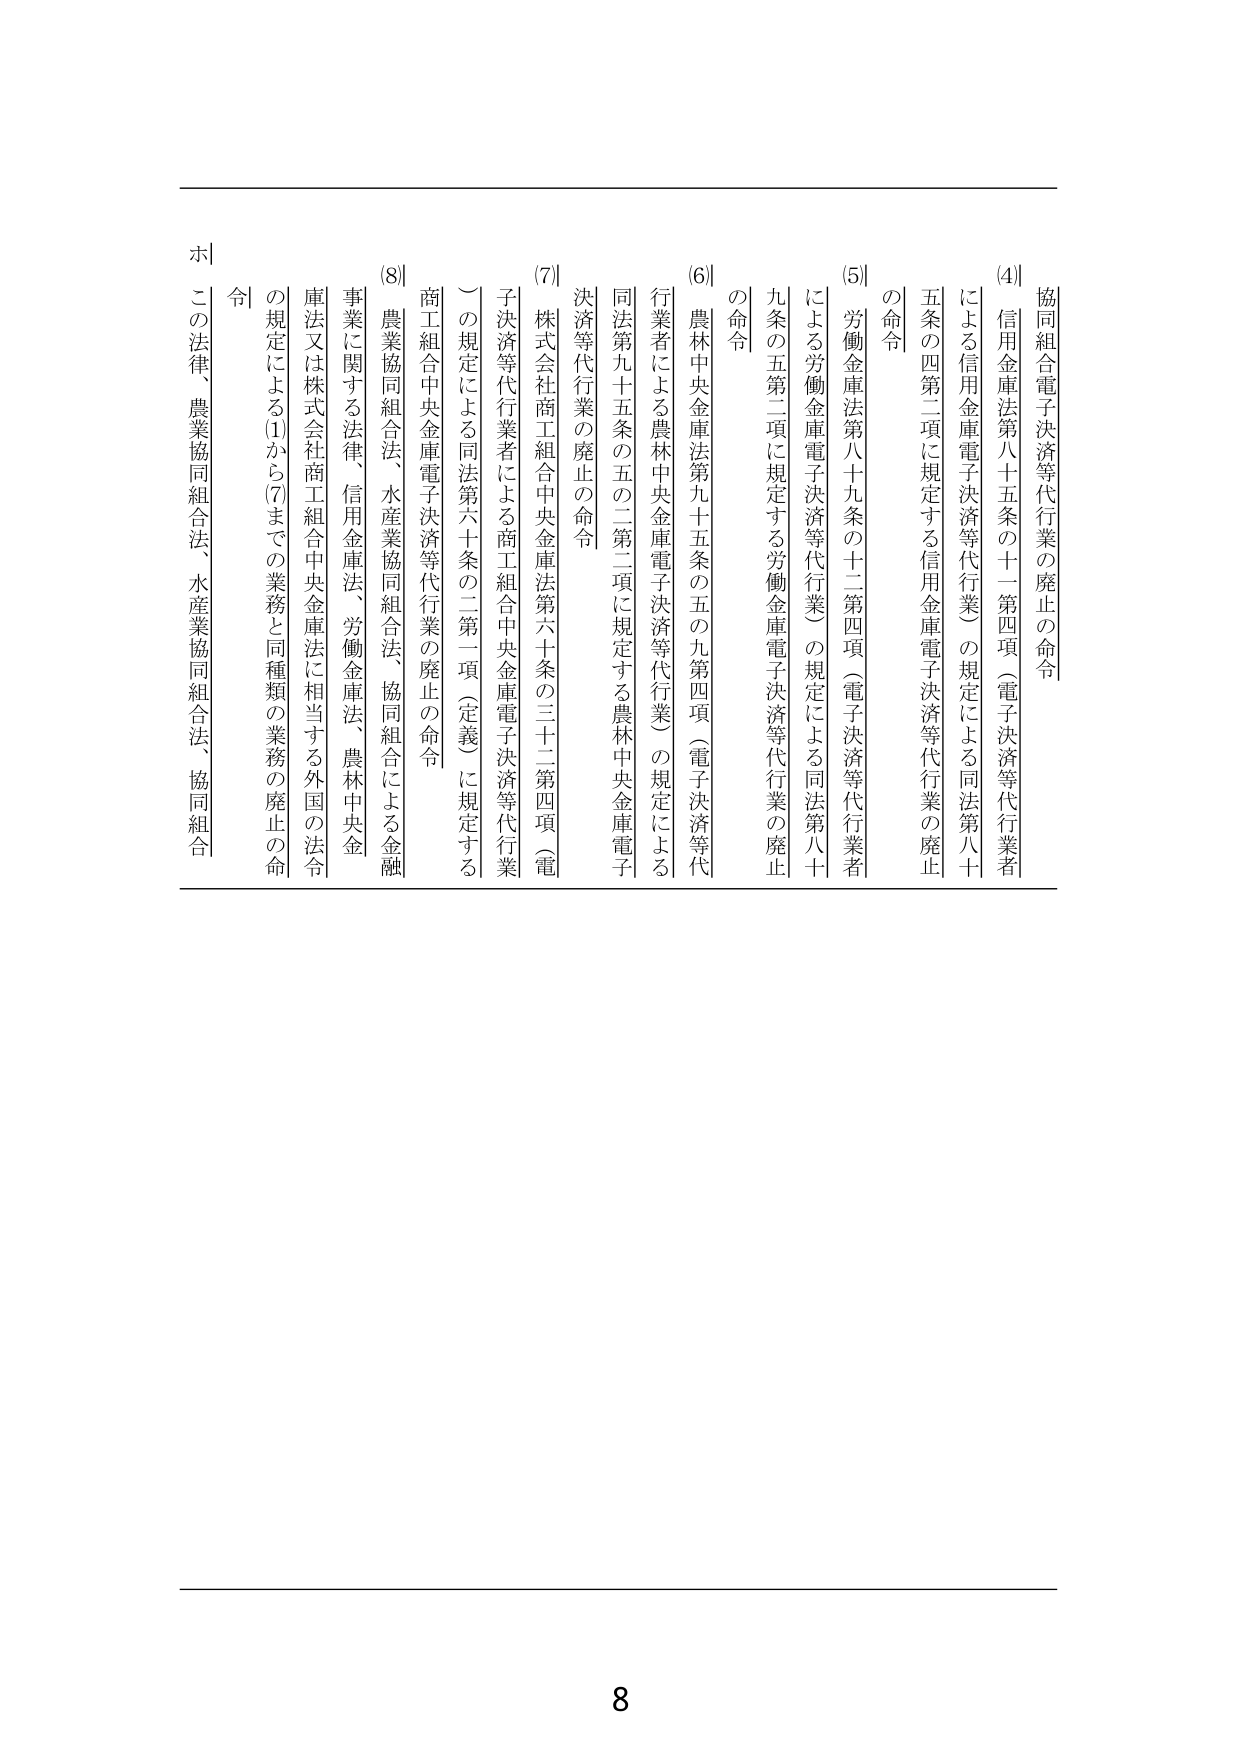
(4) 協同組合電子決済等代行業の廃止の命令
　信用金庫法第八十五条の十一第四項（電子決済等代行業者による信用金庫電子決済等代行業）の規定による同法第八十五条の四第二項に規定する信用金庫電子決済等代行業の廃止の命令

(5) 労働金庫法第八十九条の十二第四項（電子決済等代行業者による労働金庫電子決済等代行業）の規定による同法第八十九条の五第二項に規定する労働金庫電子決済等代行業の廃止の命令

(6) 農林中央金庫法第九十五条の五の九第四項（電子決済等代行業者による農林中央金庫電子決済等代行業）の規定による同法第九十五条の五の二第二項に規定する農林中央金庫電子決済等代行業の廃止の命令

(7) 株式会社商工組合中央金庫法第六十条の三十二第四項（電子決済等代行業者による商工組合中央金庫電子決済等代行業）の規定による同法第六十条の二第一項（定義）に規定する商工組合中央金庫電子決済等代行業の廃止の命令

(8) 農業協同組合法、水産業協同組合法、協同組合による金融事業に関する法律、信用金庫法、労働金庫法、農林中央金庫法又は株式会社商工組合中央金庫法に相当する外国の法令の規定による(1)から(7)までの業務と同種類の業務の廃止の命令

ホ この法律、農業協同組合法、水産業協同組合法、協同組合

8